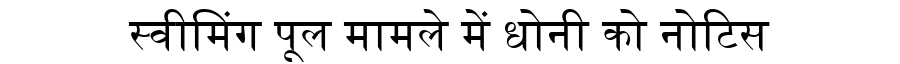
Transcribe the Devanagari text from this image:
स्वीमिंग पूल मामले में धोनी को नोटिस